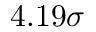
4 . 1 9 \sigma